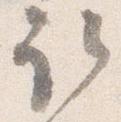
取